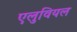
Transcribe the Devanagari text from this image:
एलुवियल